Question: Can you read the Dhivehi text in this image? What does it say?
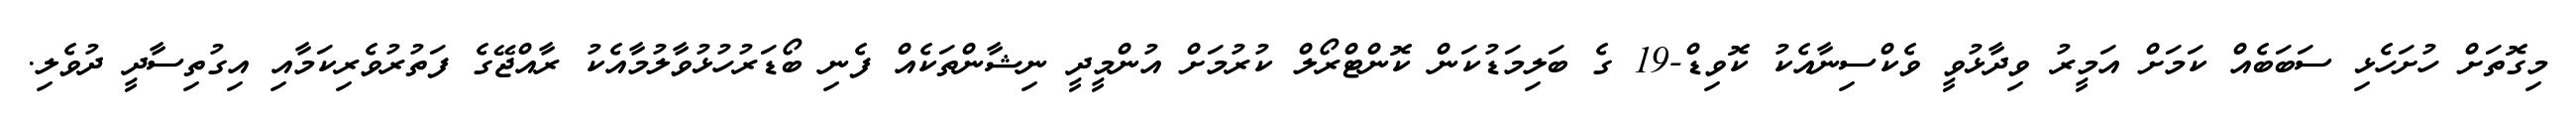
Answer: މިގޮތަށް ހުށަހެޅި ސަބަބެއް ކަމަށް އަމީރު ވިދާޅުވީ ވެކްސިނާއެކު ކޮވިޑް-19 ގެ ބަލިމަޑުކަން ކޮންޓްރޯލް ކުރުމަށް އުންމީދީ ނިޝާންތަކެއް ފެނި ބޯޑަރުހުޅުވާލުމާއެކު ރާއްޖޭގެ ފަތުރުވެރިކަމާއި އިގުތިސާދީ ދުވެލި.